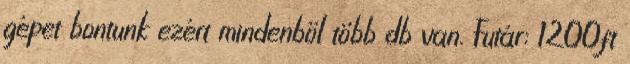
gépet bontunk ezért mindenből több db van. Futár: 1200ft